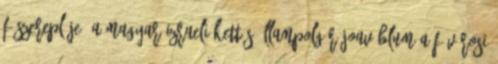
főszereplője, a magyar-izraeli kettős állampolgár Joav Blum a Fővárosi